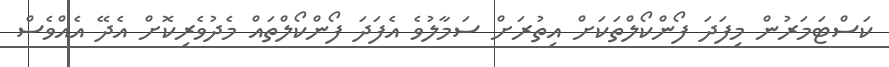
ކަސްޓަމަރުން މިފަދަ ފޯންކޯލްތަކަށް އިތުރަށް ސަމާލުވެ އެފަދަ ފޯންކޯލްތައް މެދުވެރިކޮށް އެދޭ އެއްވެސް